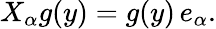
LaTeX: X_{\alpha}g(y)=g(y)\, e_{\alpha}.